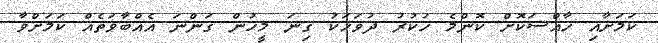
ކަމަށާއި ހާއްސަކޮށް ކޮންމެ ހުކުރު ދުވަހަކު ގިނަ މީހުން ގަންނަ އެއްބާވަތެއް ކަމަށްވާ